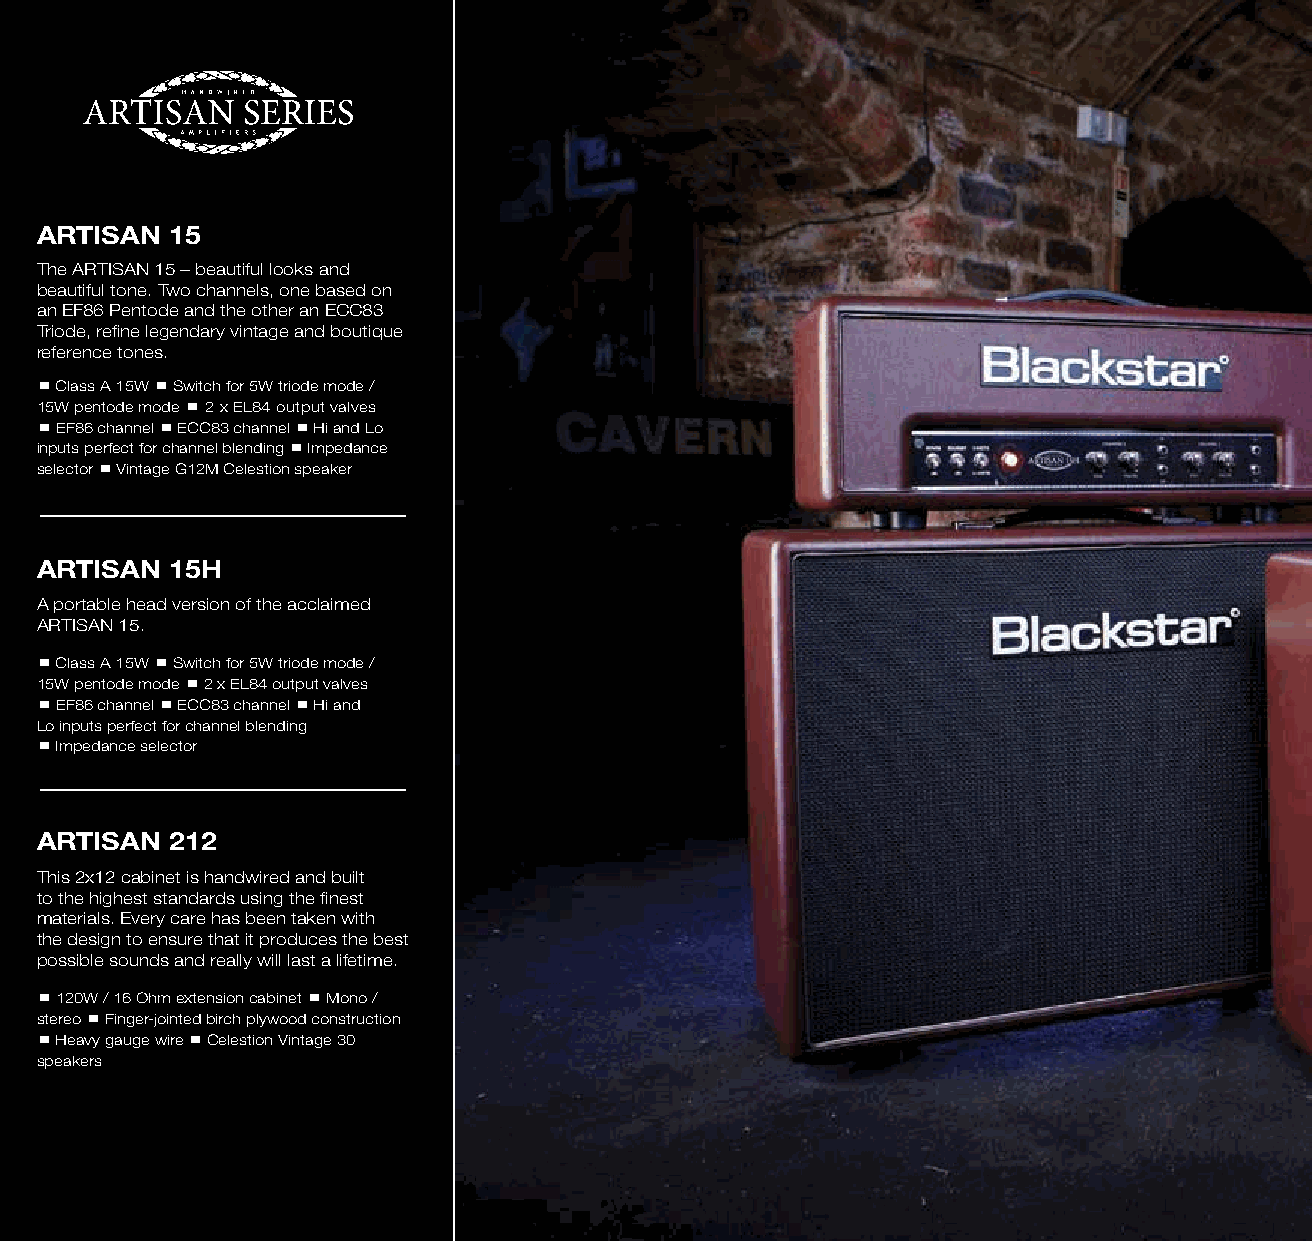
ARTISAN  15
 The ARTISAN 15 – beautiful looks and
 beautiful tone. Two channels, one based on
 an EF86 Pentode and the other an ECC83
 Triode, refine legendary vintage and boutique
 reference tones.
  Class A 15W  Switch for 5W triode mode /
 15W pentode mode  2 x EL84 output valves
  EF86 channel  ECC83 channel  Hi and Lo
 inputs perfect for channel blending  Impedance
 selector  Vintage G12M Celestion speaker
 ARTISAN  15H
 A portable head version of the acclaimed
 ARTISAN 15.
  Class A 15W  Switch for 5W triode mode /
 15W pentode mode  2 x EL84 output valves
  EF86 channel  ECC83 channel  Hi and
 Lo inputs perfect for channel blending
  Impedance selector
 ARTISAN  212
 This 2x12 cabinet is handwired and built
 to the highest standards using the finest
 materials. Every care has been taken with
 the design to ensure that it produces the best
 possible sounds and really will last a lifetime.
  120W / 16 Ohm extension cabinet  Mono /
 stereo  Finger-jointed birch plywood construction
  Heavy gauge wire  Celestion Vintage 30
 speakers